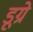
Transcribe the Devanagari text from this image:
डूग्रे